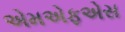
એમએફએસ